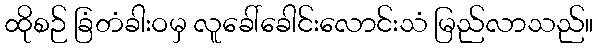
ထိုစဉ် ခြံတံခါးဝမှ လူခေါ်ခေါင်းလောင်းသံ မြည်လာသည်။